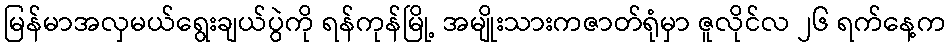
မြန်မာအလှမယ်ရွေးချယ်ပွဲကို ရန်ကုန်မြို့ အမျိုးသားကဇာတ်ရုံမှာ ဇူလိုင်လ ၂၆ ရက်နေ့က